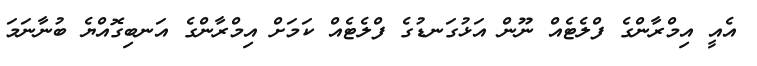
އެއީ އިމްރާންގެ ފްލެޓެއް ނޫން އަޅުގަނޑުގެ ފްލެޓެއް ކަމަށް އިމްރާންގެ އަނބިގޮއްޔެ ބުނާނަމަ